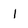
Character: i